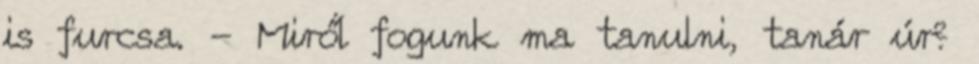
is furcsa. - Miről fogunk ma tanulni, tanár úr?